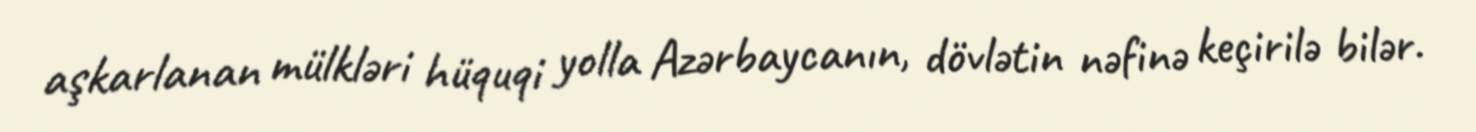
aşkarlanan mülkləri hüquqi yolla Azərbaycanın, dövlətin nəfinə keçirilə bilər.